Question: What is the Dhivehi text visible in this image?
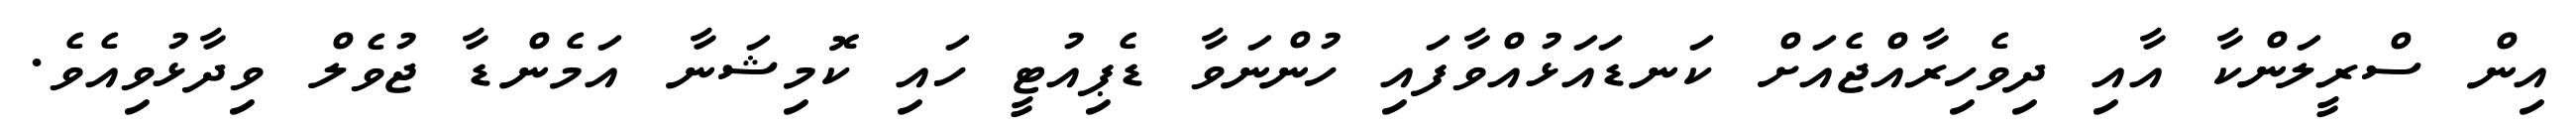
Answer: އިން ސްރީލަންކާ އާއި ދިވެހިރާއްޖެއަށް ކަނޑައަޅުއްވާފައި ހުންނަވާ ޑެޕިއުޓީ ހައި ކޮމިޝަނާ އަމެންޑާ ޖުވެލް ވިދާޅުވިއެވެ.